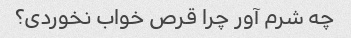
چه شرم آور چرا قرص خواب نخوردی؟